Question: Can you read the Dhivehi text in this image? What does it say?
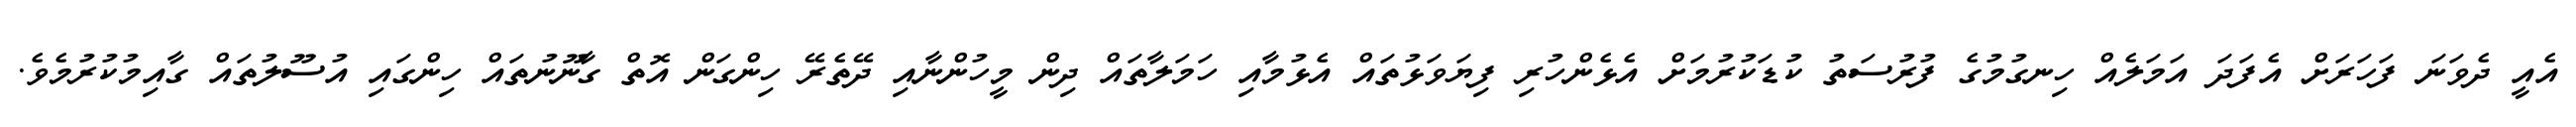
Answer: އެއީ ދެވަނަ ފަހަރަށް އެފަދަ އަމަލެއް ހިނގުމުގެ ފުރުސަތު ކުޑަކުރުމަށް އެޅެންހުރި ފިޔަވަޅުތައް އެޅުމާއި ހަމަލާތައް ދިން މީހުންނާއި ދޭތެރޭ ހިންގަން އޮތް ގާނޫނުތައް ހިންގައި އުސޫލުތައް ގާއިމުކުރުމެވެ.